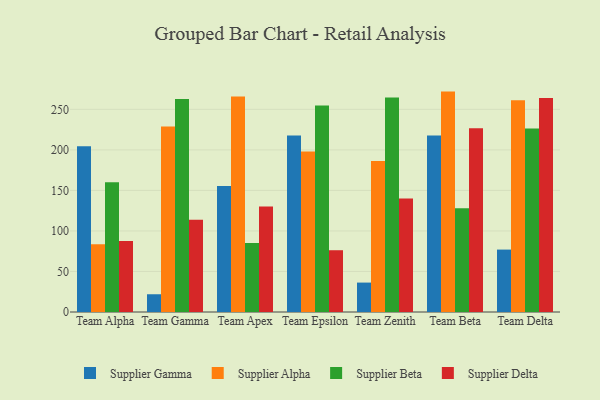
{"axis": {"x": "Team", "y": "Customer Acquisition Cost (USD)"}, "legend": ["Supplier Alpha", "Supplier Beta", "Supplier Delta", "Supplier Gamma"], "data": [{"x": "Team Alpha", "y": 204.4, "type": "Supplier Gamma"}, {"x": "Team Alpha", "y": 83.5, "type": "Supplier Alpha"}, {"x": "Team Alpha", "y": 160.0, "type": "Supplier Beta"}, {"x": "Team Alpha", "y": 87.5, "type": "Supplier Delta"}, {"x": "Team Gamma", "y": 21.9, "type": "Supplier Gamma"}, {"x": "Team Gamma", "y": 228.9, "type": "Supplier Alpha"}, {"x": "Team Gamma", "y": 262.9, "type": "Supplier Beta"}, {"x": "Team Gamma", "y": 113.9, "type": "Supplier Delta"}, {"x": "Team Apex", "y": 155.3, "type": "Supplier Gamma"}, {"x": "Team Apex", "y": 265.9, "type": "Supplier Alpha"}, {"x": "Team Apex", "y": 85.1, "type": "Supplier Beta"}, {"x": "Team Apex", "y": 130.3, "type": "Supplier Delta"}, {"x": "Team Epsilon", "y": 217.8, "type": "Supplier Gamma"}, {"x": "Team Epsilon", "y": 198.0, "type": "Supplier Alpha"}, {"x": "Team Epsilon", "y": 254.8, "type": "Supplier Beta"}, {"x": "Team Epsilon", "y": 76.2, "type": "Supplier Delta"}, {"x": "Team Zenith", "y": 36.3, "type": "Supplier Gamma"}, {"x": "Team Zenith", "y": 186.3, "type": "Supplier Alpha"}, {"x": "Team Zenith", "y": 264.7, "type": "Supplier Beta"}, {"x": "Team Zenith", "y": 140.1, "type": "Supplier Delta"}, {"x": "Team Beta", "y": 217.8, "type": "Supplier Gamma"}, {"x": "Team Beta", "y": 271.9, "type": "Supplier Alpha"}, {"x": "Team Beta", "y": 128.0, "type": "Supplier Beta"}, {"x": "Team Beta", "y": 226.6, "type": "Supplier Delta"}, {"x": "Team Delta", "y": 77.0, "type": "Supplier Gamma"}, {"x": "Team Delta", "y": 261.2, "type": "Supplier Alpha"}, {"x": "Team Delta", "y": 226.3, "type": "Supplier Beta"}, {"x": "Team Delta", "y": 264.1, "type": "Supplier Delta"}]}